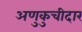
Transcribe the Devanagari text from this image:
अणुकुचीदार